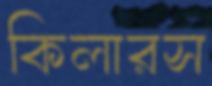
কিলারস